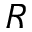
{ \cal R }